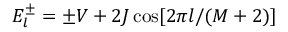
E _ { l } ^ { \pm } = \pm V + 2 J \cos [ 2 \pi l / ( M + 2 ) ]